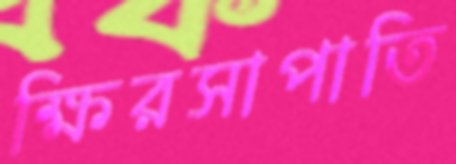
ক্ষিরসাপাতি